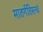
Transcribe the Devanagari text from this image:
मातर्गतिस्त्वं